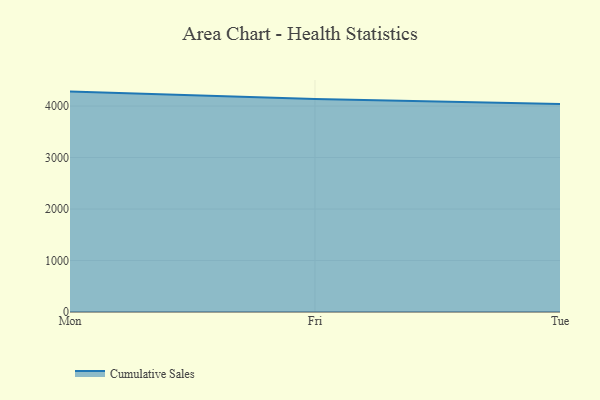
{"axis": {"x": "Day", "y": "Satisfaction Score"}, "legend": ["Cumulative Sales"], "data": [{"x": "Mon", "y": 4279.4, "type": "Cumulative Sales"}, {"x": "Fri", "y": 4134.6, "type": "Cumulative Sales"}, {"x": "Tue", "y": 4039.8, "type": "Cumulative Sales"}]}